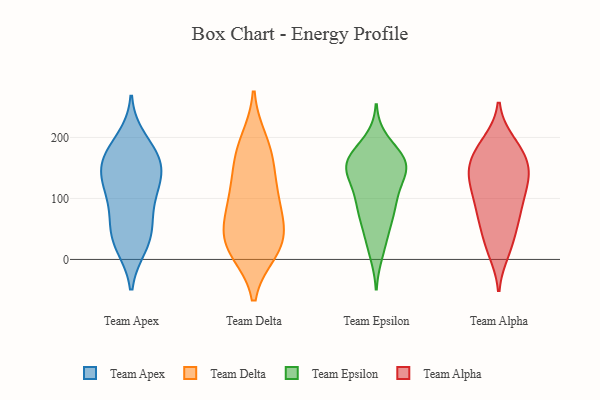
{"axis": {"x": "Customer Acquisition Cost (USD)", "y": "Value"}, "legend": ["Team Alpha", "Team Apex", "Team Delta", "Team Epsilon"], "data": [{"x": "", "y": 130, "type": "Team Apex"}, {"x": "", "y": 51, "type": "Team Apex"}, {"x": "", "y": 42, "type": "Team Apex"}, {"x": "", "y": 197, "type": "Team Apex"}, {"x": "", "y": 67, "type": "Team Apex"}, {"x": "", "y": 24, "type": "Team Apex"}, {"x": "", "y": 148, "type": "Team Apex"}, {"x": "", "y": 124, "type": "Team Apex"}, {"x": "", "y": 22, "type": "Team Apex"}, {"x": "", "y": 171, "type": "Team Apex"}, {"x": "", "y": 166, "type": "Team Apex"}, {"x": "", "y": 103, "type": "Team Apex"}, {"x": "", "y": 172, "type": "Team Apex"}, {"x": "", "y": 151, "type": "Team Apex"}, {"x": "", "y": 105, "type": "Team Apex"}, {"x": "", "y": 70, "type": "Team Delta"}, {"x": "", "y": 17, "type": "Team Delta"}, {"x": "", "y": 47, "type": "Team Delta"}, {"x": "", "y": 193, "type": "Team Delta"}, {"x": "", "y": 15, "type": "Team Delta"}, {"x": "", "y": 32, "type": "Team Delta"}, {"x": "", "y": 90, "type": "Team Delta"}, {"x": "", "y": 120, "type": "Team Delta"}, {"x": "", "y": 109, "type": "Team Delta"}, {"x": "", "y": 163, "type": "Team Delta"}, {"x": "", "y": 174, "type": "Team Delta"}, {"x": "", "y": 27, "type": "Team Delta"}, {"x": "", "y": 91, "type": "Team Epsilon"}, {"x": "", "y": 157, "type": "Team Epsilon"}, {"x": "", "y": 164, "type": "Team Epsilon"}, {"x": "", "y": 149, "type": "Team Epsilon"}, {"x": "", "y": 192, "type": "Team Epsilon"}, {"x": "", "y": 80, "type": "Team Epsilon"}, {"x": "", "y": 107, "type": "Team Epsilon"}, {"x": "", "y": 146, "type": "Team Epsilon"}, {"x": "", "y": 31, "type": "Team Epsilon"}, {"x": "", "y": 78, "type": "Team Epsilon"}, {"x": "", "y": 162, "type": "Team Epsilon"}, {"x": "", "y": 13, "type": "Team Epsilon"}, {"x": "", "y": 60, "type": "Team Epsilon"}, {"x": "", "y": 150, "type": "Team Epsilon"}, {"x": "", "y": 158, "type": "Team Epsilon"}, {"x": "", "y": 159, "type": "Team Epsilon"}, {"x": "", "y": 117, "type": "Team Epsilon"}, {"x": "", "y": 150, "type": "Team Alpha"}, {"x": "", "y": 115, "type": "Team Alpha"}, {"x": "", "y": 156, "type": "Team Alpha"}, {"x": "", "y": 178, "type": "Team Alpha"}, {"x": "", "y": 120, "type": "Team Alpha"}, {"x": "", "y": 96, "type": "Team Alpha"}, {"x": "", "y": 186, "type": "Team Alpha"}, {"x": "", "y": 72, "type": "Team Alpha"}, {"x": "", "y": 13, "type": "Team Alpha"}, {"x": "", "y": 129, "type": "Team Alpha"}, {"x": "", "y": 29, "type": "Team Alpha"}, {"x": "", "y": 67, "type": "Team Alpha"}, {"x": "", "y": 83, "type": "Team Alpha"}, {"x": "", "y": 21, "type": "Team Alpha"}, {"x": "", "y": 152, "type": "Team Alpha"}, {"x": "", "y": 141, "type": "Team Alpha"}, {"x": "", "y": 179, "type": "Team Alpha"}, {"x": "", "y": 192, "type": "Team Alpha"}, {"x": "", "y": 65, "type": "Team Alpha"}, {"x": "", "y": 133, "type": "Team Alpha"}]}